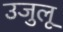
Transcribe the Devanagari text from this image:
उजुलू